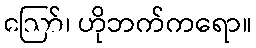
ဪ၊ ဟိုဘက်ကရော။